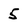
Character: 5